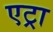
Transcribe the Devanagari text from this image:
एट्रा